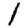
Digit: 1